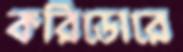
করিডোরে